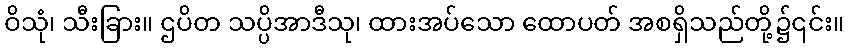
ဝိသုံ၊ သီးခြား။ ဌပိတ သပ္ပိအာဒီသု၊ ထားအပ်သော ထောပတ် အစရှိသည်တို့၌၎င်း။